Report on horse surra - Volume II, Part II
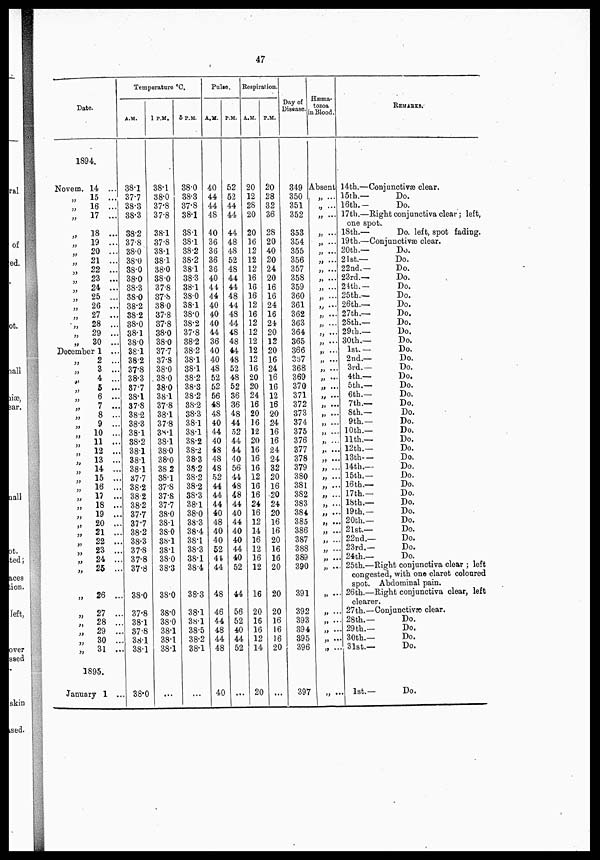
47
Date.
1894.
Novem. 14 ...
„
15 ...
„
16 ...
„
17 ...
„
18 ...
„
19 ...
„
20 ...
„
21 ...
„
22 ...
„
23 ...
„
24 ...
„
25 ...
„
26 ...
„
27 ...
„
28 ...
„
29 ...
„
30 ...
December 1 ...
„
2 ...
„
3 ...
„
4 ...
„
5 ...
„
6 ...
„
7 ...
„
8 ...
„
9 ...
„
10 ...
;; 11 ...
„ 12 ...
„
13 ...
„ 14 ....
„
15 ...
„
16 ...
„ 17 ...
„
18 ...
„
19 ...
,.
20 ...
„
21 ...
„
22 ...
„
23 ...
„
24 ...
„
25 ...
„
26 ...
„
27 ...
„
28 ..
„
29 ..
„
30 ..
„
31 ..
1895.
January 1 ..
Temperature °C.
A.M.
38.1
37.7
38.3
38.3
38.2
37.8
38.0
38.0
38.0
38.0
38.3
38.0
38.2
382
38.0
38.1
380
381
38.2
37.8
38.3
37.7
38.1
37.8
38.2
38.3
38..1
88.2
381
381
38.1
37.7
38.2
38.2
38.2
37.7
37.7
38.2
38.3
37.8
37.8
37.8
38.0
37.8
38.1
37.8
38.1
38.1
38.0
1 P.M.
38.1
38.0
37.8
37.8
38.1
37.8
38.1
38.1
38.0
380
37.8
37.8
38.0
37.8
37.8
38.0
38.0
37.7
37.8
38.0
38.0
38.0
381
37.8
38.1
37.8
38.1
38.1
38.0
38.0
38.2
38.1
37.8
37.8
37.7
38.0
38.1
38.0
38.1
38.1
38.0
38.3
38.0
38.0
38.0
38.1
38.1
38.1
...
6 P.M.
38.0
38.3
37.8
38.1
38.1
38.1
38.2
38.2
38.1
38.3
38.1
38.0
38.1
38.0
38.2
37.8
38.2
38.2
38.1
38.1
38.2
38.3
38.2
38.2
38.3
38.1
38.1
38.2
38.2
38.3
38.2
38.2
38.2
38.3
38.1
38.0
38.3
38.4
38.1
38.3
38.1
38.4
38.3
38.1
38.1
38.5
38.2
38.1
...
Pulse.
A.M.
40
44
44
48
40
36
36
36
36
40
44
44
40
40
40
44
36
40
40
48
52
52
56
48
48
40
44
40
48
48
48
52
44
44
44
40
48
40
40
52
44
44
48
46
44
48
44
48
40
P.M.
52
52
44
44
44
48
48
52
48
44
44
48
44
48
44
48
48
44
48
52
48
52
36
36
48
44
52
44
44
40
56
44
48
48
44
40
44
40
40
44
40
52
44
56
52
40
44
52
,...
Respiration.
A..M.
20
12
28
20
20
16
12
12
12
16
16
16
12
16
12
12
12
12
12
16
20
20
24
16
20
16
12
20
16
16
16
12
16
16
24
16
12
14
16
12
16
12
16
20
16
16
12
14
20
P.M.
20
28
32
36
28
20
40
20
24
20
16
16
24
16
24
20
12
20
16
24
16
16
12
16
20
24
16
16
24
24
32
20
16
20
24
20
16
16
20
16
16
20
20
20
16
16
16
20
...
Day of
Disease.
349
350
351
352
353
354
355
356
357
358
359
360
361
362
363
364
365
366
337
368
369
370
371
372
373
374
375
376
377
378
379
380
381
382
383
384
385
386
387
388
389
390
391
392
393
394
395
396
397
Hæma
tozoa
in Blood.
Absent
„ ...
„ ...
„ ...
„ ...
„ ...
„
...
„ ...
„ ...
„ ...
„ ...
„ ...
„ ...
„ ...
„ ...
„ ...
„ ...
„ ...
„ ...
„ ...
„ ...
„ ...
„ ...
„ ...
„
...
„ ...
„
...
„ ...
„
...
„ ...
„ ...
„ ...
„ ...
„ ...
„ ...
„ ...
„ ...
„ ...
„ ...
„ ...
„ ...
„ ...
„ ...
„ ...
„ ...
„ ...
„ ...
„ ...
„ ...
REMARKS.
14th.—Conjunctivæ clear.
15th.—
Do.
16th.-
Do.
17th.—Right conjunctiva clear; left,
one spot.
18th.—
Do. left, spot fading.
19th.—Conjunctivæ clear.
20th.—
Do.
21st.—
Do.
22nd.—
Do.
23rd.—
Do.
24th.—
Do.
25th.—
Do.
26th—
Do.
27th.—
Do.
2Sth.—
Do.
29th.—
Do.
30th.—
Do.
1st. —
Do.
2nd.—
Do.
3rd.—
Do.
4th.—
Do.
5 th.—
Do.
6th.—
Do.
7th.—
Do.
8th.—
Do.
9th.—
Do.
10th.—
Do.
11th.—
Do.
12th.—
Do.
13th—
Do.
14th.—
Do.
15th.—
Do.
16 th.—
Do.
17th.—
Do.
18th.—
Do.
19th.—
Do.
20th.—
Do.
21st.—
Do.
22nd.—
Do.
23rd.—
Do.
24th.—
Do.
25th.—Right conjunctiva clear ; left
congested, with one claret coloured
spot. Abdominal pain.
26th.—Right conjunctiva clear, left
clearer.
27th.—Conjunctivæ clear.
28th.—
Do.
29 th.—
Do.
30th.—
Do.
31st.—
Do.
. 1st.—
Do.